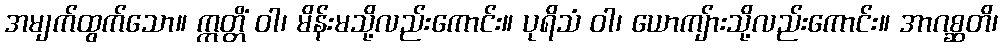
အမျက်ထွက်သော။ ဣတ္တိံ ဝါ၊ မိန်းမသို့လည်းကောင်း။ ပုရိသံ ဝါ၊ ယောကျ်ားသို့လည်းကောင်း။ အာဂစ္ဆတိ၊